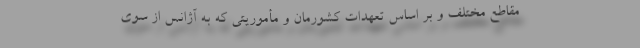
مقاطع مختلف و بر اساس تعهدات کشورمان و مأموریتی که به آژانس از سوی